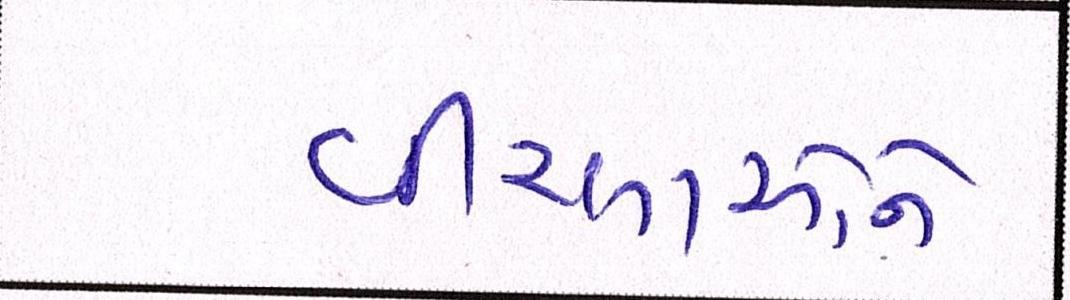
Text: વીરલાઓને